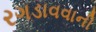
રગડાવવાની